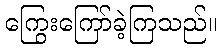
ကြွေးကြော်ခဲ့ကြသည်။